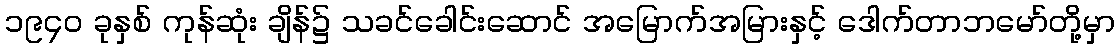
၁၉၄၀ ခုနှစ် ကုန်ဆုံး ချိန်၌ သခင်ခေါင်းဆောင် အမြောက်အမြားနှင့် ဒေါက်တာဘမော်တို့မှာ